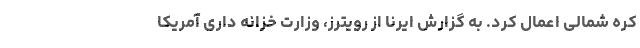
کره شمالی اعمال کرد. به گزارش ایرنا از رویترز، وزارت خزانه داری آمریکا